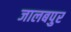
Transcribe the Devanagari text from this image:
जालबपुर